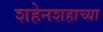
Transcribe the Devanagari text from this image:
शहेनशहाच्या